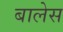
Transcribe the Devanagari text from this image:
बालेस